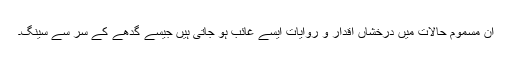
ان مسموم حالات میں درخشاں اقدار و روایات ایسے غائب ہو جاتی ہیں جیسے گدھے کے سر سے سینگ۔